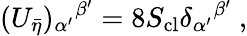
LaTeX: (U_{\bar{\eta}})_{\alpha^{\prime}}{}^{\beta^{\prime}}=8S_{\mathrm{cl}}\delta_{\alpha^{\prime}}{}^{\beta^{\prime}}\ ,